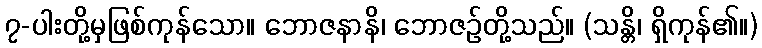
၇-ပါးတို့မှဖြစ်ကုန်သော။ ဘောဇနာနိ၊ ဘောဇဉ်တို့သည်။ (သန္တိ၊ ရှိကုန်၏။)